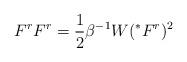
LaTeX: \begin{align*}F^{r}F^{r}=\frac{1}{2}\beta ^{-1}W(^{*}F^r)^{2} \end{align*}